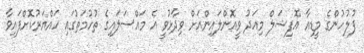
ފުލުހުންގެ މީޑިއާ އޮފިޝަލް މިއަދު ވީއޮންލައިންއަށް ވިދާޅުވީ އެ މައްސަލައިގެ ތުހުމަތުގައި ހައްޔަރުކޮށްފައިވާ